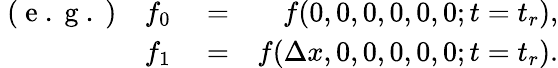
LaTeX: \begin{array}{rlr}{\mathrm{~(~e~.~g~.~)~}\ \ \ f_{0}}&{{}=}&{f(0,0,0,0,0,0;t=t_{r}),}\\ {f_{1}}&{{}=}&{f(\Delta x,0,0,0,0,0;t=t_{r}).}\end{array}